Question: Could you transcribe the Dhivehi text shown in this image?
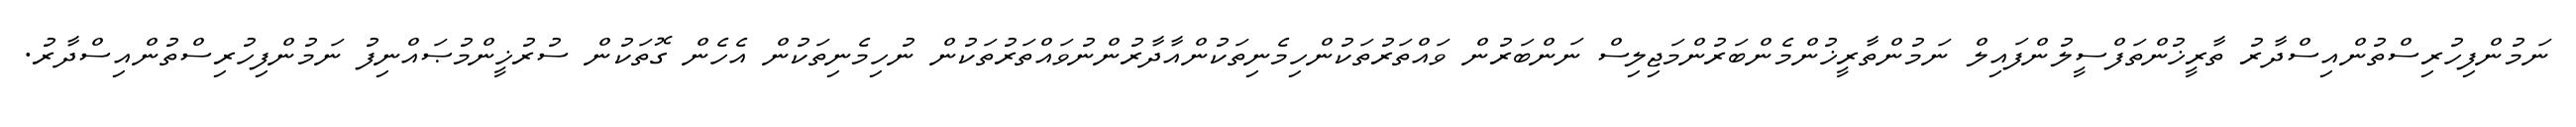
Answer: ނަމުންފިހުރިސްތުންއިސްދާރު ތާރީޚުންތަފްސީލުންފައިލް ނަމުންތާރީޚުންމެންބަރުންމަޖިލިސް ނަންބަރުން ވައްތަރުތަކުންހިމެނިތަކުންއާދާރުންނުވައްތަރުތަކުން ނުހިމެނިތަކުން އެހެން ގޮތަކުން ސުރުޚީންމުޞައްނިފު ނަމުންފިހުރިސްތުންއިސްދާރު.